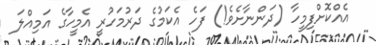
އެއްކޮށްފިމީހާ (ދަންނާށެވެ!) ފަހެ އެކަމުގެ ދަރުމަހުރީ އެމީހާގެ އަމިއްލަ